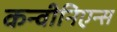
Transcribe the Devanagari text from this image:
कन्वीनिएन्स